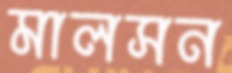
মালসন